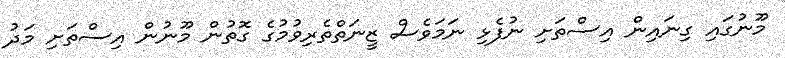
މޫނުގައި ގިނައިން އިސްތަށި ނުފެޅި ނަމަވެސް ޒީނަތްތެރިވުމުގެ ގޮތުން މޫނުން އިސްތަށި މަދު